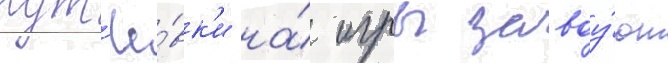
пут'ё́вк'и на́ игры завоу́ют